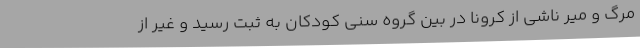
مرگ و میر ناشی از کرونا در بین گروه سنی کودکان به ثبت رسید و غیر از